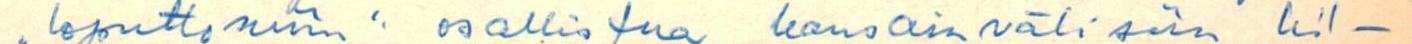
loputtomiin: osallistua kansainvälisiin kil-